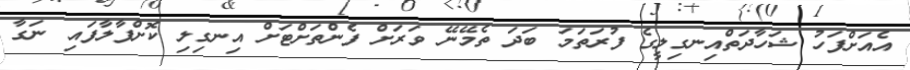
އެއަށްފަހު ޝަހާދަތްއިނގިލީގެ ފުރަތަމަ ބަދަ ތެމޭނޭ ވަރަށް ފެންތަށްޓަށް އިނގިލި ކޮށްޕާލާފައި ނަގާ